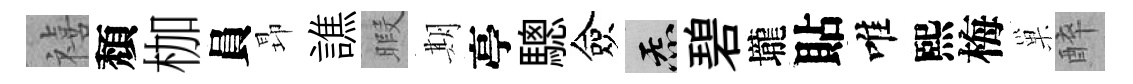
禧頽枷員昻譙暇期亭驄僉炁碧壠貼唯熙梅巢醉